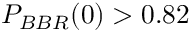
P _ { B B R } ( 0 ) > 0 . 8 2